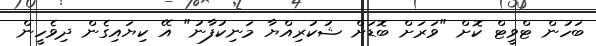
ބަހުން ޓްވީޓް ކޮށް "ވަރަށް ބޮޑަށް ޝުކުރިއްޔާ މަނިކުފާނު" އޭ ކިޔައިގެން ދިވެހީން